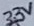
Text: 33V